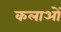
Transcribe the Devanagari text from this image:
कलाओें